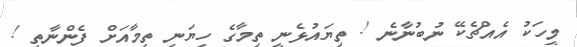
މީހަކު އެއްޗެކޭ ނުބުނާނެ ! ތިޔައުޅެނީ ތިމާގެ ހިޔަނި ތިމާއަށް ފެންނާތީ !